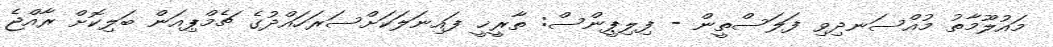
މައުލޫމާތު މުއްސަނދިވި ފަލަސްތީން - ފިލިޕީންސް: ތާރީޚީ ފައިނަލަކަށްސަރަހައްދުގެ ޗެމްޕިއަން ބަލިކޮށް ރާއްޖެ